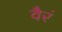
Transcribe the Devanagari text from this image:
वैरं